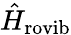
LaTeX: \hat{H}_{\mathrm{rovib}}